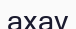
ахау